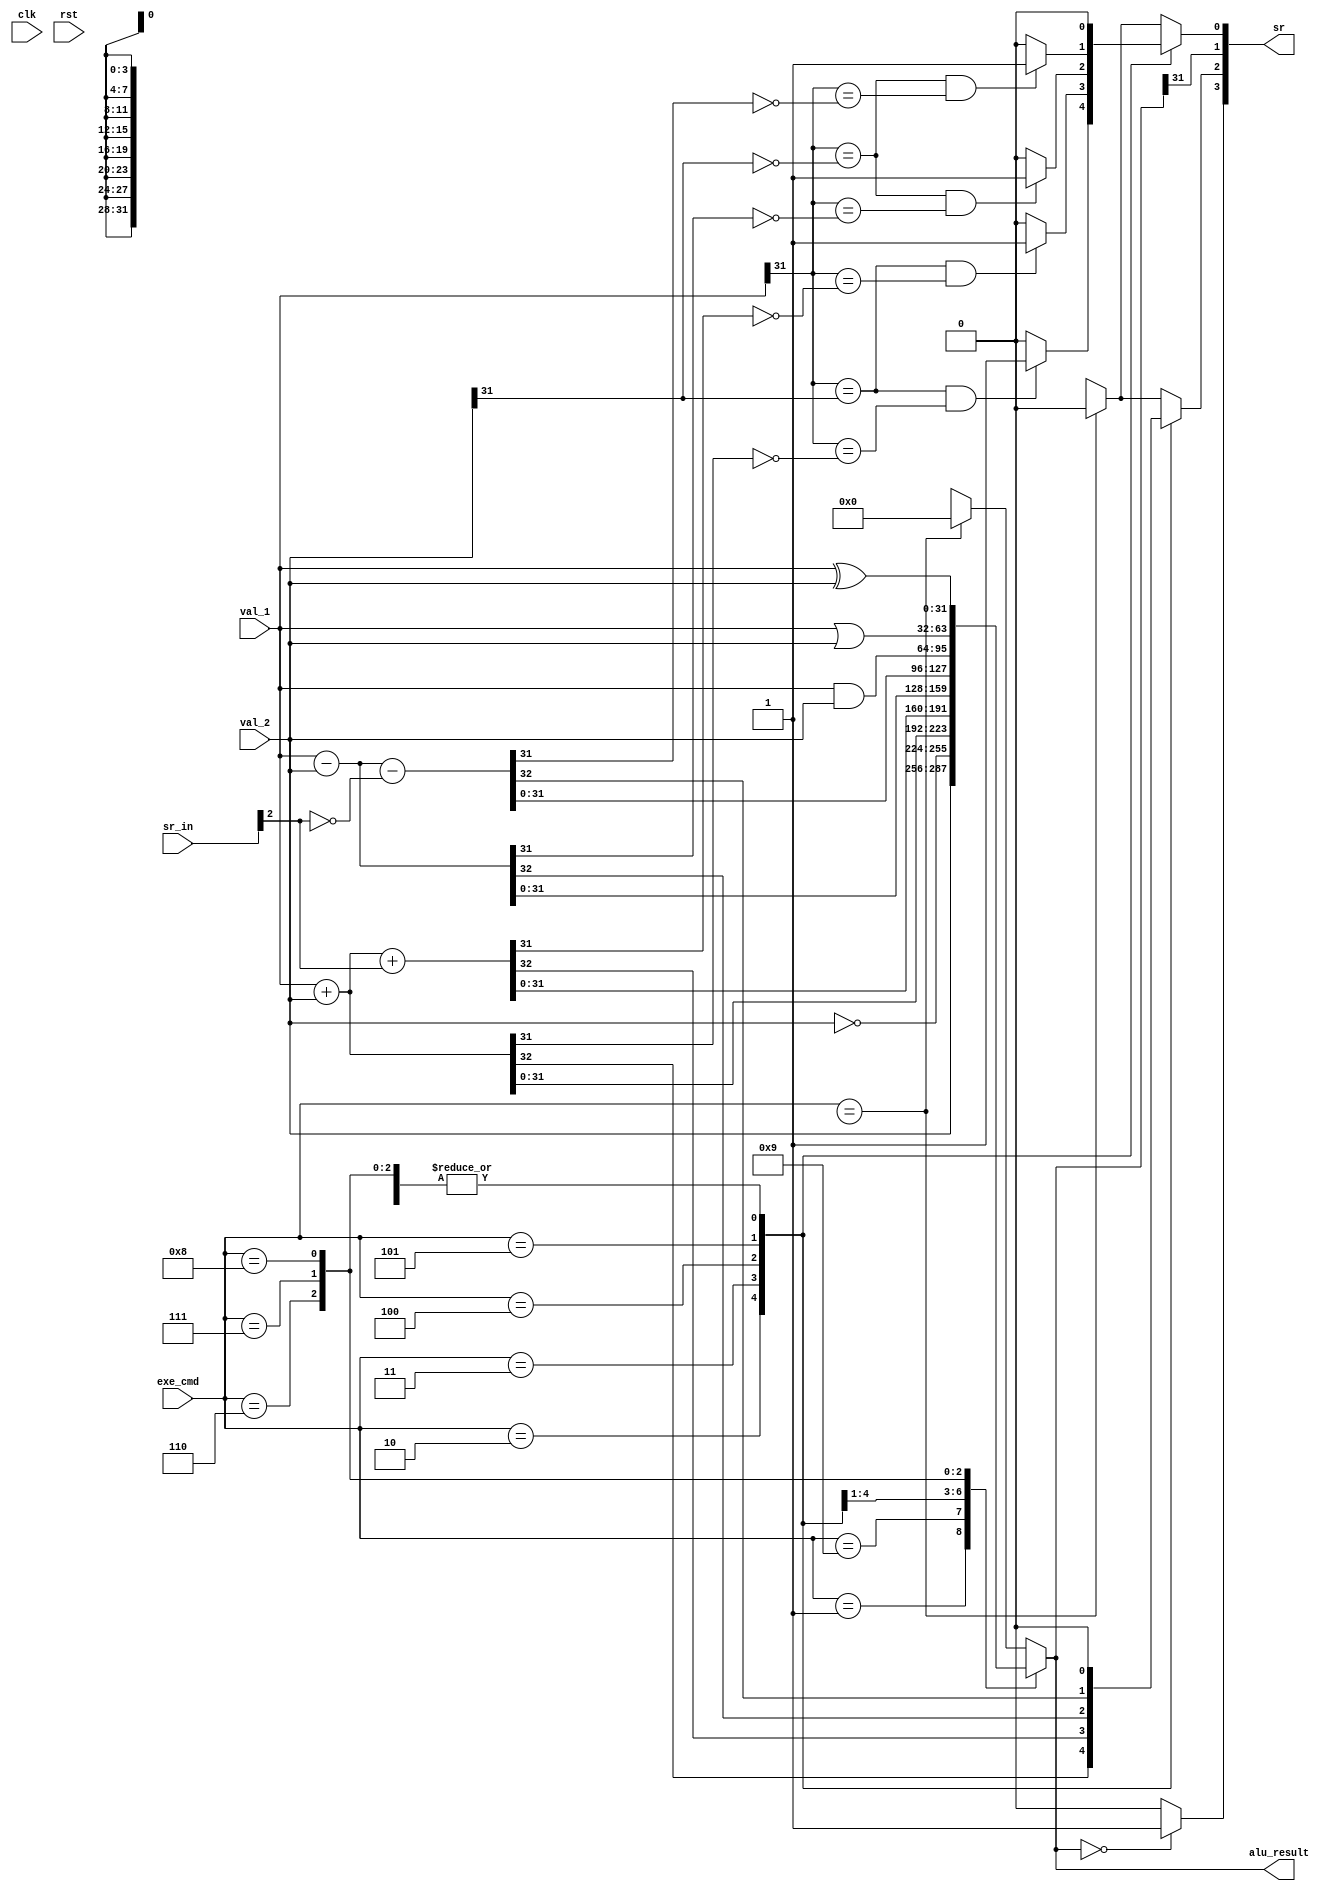
module ALU (
  input             clk,
  input             rst,
  
  input [31:0]      val_1,
  input [31:0]      val_2,
  input [3:0]       exe_cmd,
  input [3:0]       sr_in,
  
  output reg [31:0] alu_result,
  output reg [3:0]  sr
  );
  
  wire z_in; // zero
  wire c_in; // carry
  wire n_in; // negative
  wire v_in; // overflow
  
  assign {z_in, c_in, n_in, v_in} = sr_in;
  
  reg z; // zero
  reg c; // carry
  reg n; // negative
  reg v; // overflow
  
  always @ (val_1, val_2, exe_cmd, z_in, c_in, n_in, v_in) begin
    
    alu_result = 32'b00000000000000000000000000000000;
    sr = 4'b0000;
    
    z = 1'b0;
    c = 1'b0;
    n = 1'b0;
    v = 1'b0;
    
    case (exe_cmd) // ALU Command
      4'b0001: begin  // Instruction: MOV Operation:  result = in2
        alu_result = val_2;
      end
      4'b1001: begin  // Instruction: MVN Operation:  result = ~in2
        alu_result = ~val_2;
      end
      // Instruction: ADD Operation:  result = in1 + in2
      // Instruction: LDR Operation:  result = in1 + in2
      // Instruction: STR Operation:  result = in1 + in2
      4'b0010: begin
        {c, alu_result} = val_1 + val_2;
        if ((val_1[31] == val_2[31]) && (val_1[31] == (~alu_result[31]))) v = 1'b1;
      end
      4'b0011: begin  // Instruction: ADC Operation:  result = result = in1 + in2 + C
        {c, alu_result} = val_1 + val_2 + c_in;
        if ((val_1[31] == val_2[31]) && (val_1[31] == (~alu_result[31]))) v = 1'b1;
      end
      // Instruction: SUB Operation:  result = in1 - in2
      // Instruction: CMP Operation:  result = in1 - in2
      4'b0100: begin
        {c, alu_result} = val_1 - val_2;
        if ((val_1[31] == (~val_2[31])) && (val_1[31] == (~alu_result[31]))) v = 1'b1;
      end
      4'b0101: begin  // Instruction: SBC Operation:  result = in1 - in2 - ~C
        {c, alu_result} = val_1 - val_2 - {{31'b0000000000000000000000000000000}, ~(c_in)};
        if ((val_1[31] == (~val_2[31])) && (val_1[31] == (~alu_result[31]))) v = 1'b1;
      end
      // Instruction: AND Operation:  result = in1 & in2
      // Instruction: TST Operation:  result = in1 & in2
      4'b0110: begin
        alu_result = val_1 & val_2;
      end
      4'b0111: begin  // Instruction: ORR Operation:  result = in1 | in2
        alu_result = val_1 | val_2;
      end
      4'b1000: begin  // Instruction: EOR Operation:  result = in1 ^ in2
        alu_result = val_1 ^ val_2;
      end
      /*
      4'b0100: begin  // Instruction: CMP Operation:  result = in1 - in2
        alu_result = val_1 - val_2;
      end
      4'b0110: begin  // Instruction: TST Operation:  result = in1 & in2
        alu_result = val_1 & val_2;
      end
      4'b0010: begin  // Instruction: LDR Operation:  result = in1 + in2
        alu_result = val_1 + val_2;
      end
      4'b0010: begin  // Instruction: STR Operation:  result = in1 + in2
        alu_result = val_1 + val_2;
      end
      */
      4'bxxxx: begin  // Instruction: B   Operation:
        //
      end
      default: begin
        //
      end
    endcase

    n = alu_result[31];    
    z = alu_result == 32'b00000000000000000000000000000000 ? 1'b1 : 1'b0;
    
    sr = {z, c, n, v};
  end
  
endmodule